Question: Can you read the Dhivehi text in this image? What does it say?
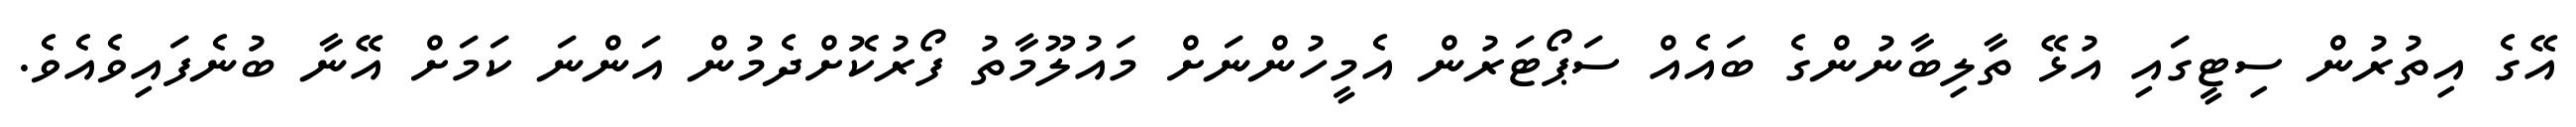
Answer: އޭގެ އިތުރުން ސިޓީގައި އުޅޭ ތާލިބާނުންގެ ބައެއް ސަޕޯޓަރުން އެމީހުންނަށް މައުލޫމާތު ފޯރުކޮށްދެމުން އަންނަ ކަމަށް އޭނާ ބުނެފައިވެއެވެ.